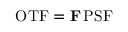
{ \bf \mathrm { O T F } } = { \bf F } \, { \bf \mathrm { P S F } }